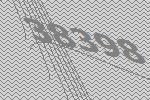
38398